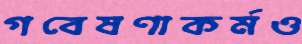
গবেষণাকর্মও